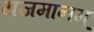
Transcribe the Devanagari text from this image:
यजमानम्‌